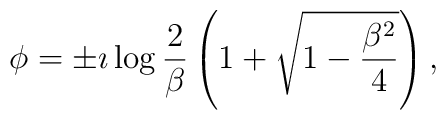
\phi = \pm \imath \log  \frac{2}{\beta}\left(1+\sqrt{1-\frac{\beta^2}{4}} \right),